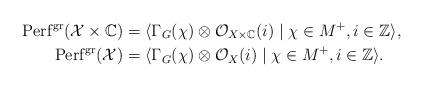
LaTeX: \begin{align*} \mathrm{Perf}^{\mathrm{gr}}(\mathcal{X} \times \mathbb{C}) &=\langle \Gamma_G(\chi) \otimes \mathcal{O}_{X \times \mathbb{C}}(i) \mid \chi \in M^+, i \in \mathbb{Z} \rangle, \\ \mathrm{Perf}^{\mathrm{gr}}(\mathcal{X}) &=\langle \Gamma_G(\chi) \otimes \mathcal{O}_{X}(i) \mid \chi \in M^+, i \in \mathbb{Z} \rangle. \end{align*}